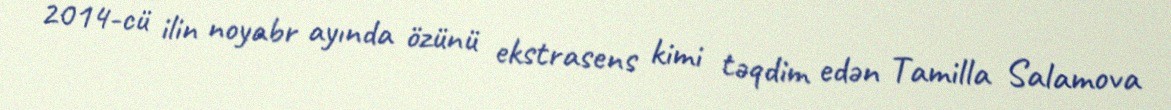
2014-cü ilin noyabr ayında özünü ekstrasens kimi təqdim edən Tamilla Salamova